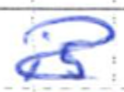
Text: is
Cross-out: scratch
Writing tool: ballpoint